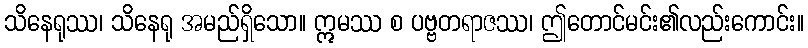
သိနေရုဿ၊ သိနေရု အမည်ရှိသော။ ဣမဿ စ ပဗ္ဗတရာဇဿ၊ ဤတောင်မင်း၏လည်းကောင်း။